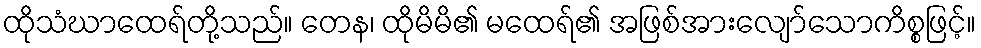
ထိုသံဃာထေရ်တို့သည်။ တေန၊ ထိုမိမိ၏ မထေရ်၏ အဖြစ်အားလျော်သောကိစ္စဖြင့်။